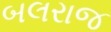
બલરાજ